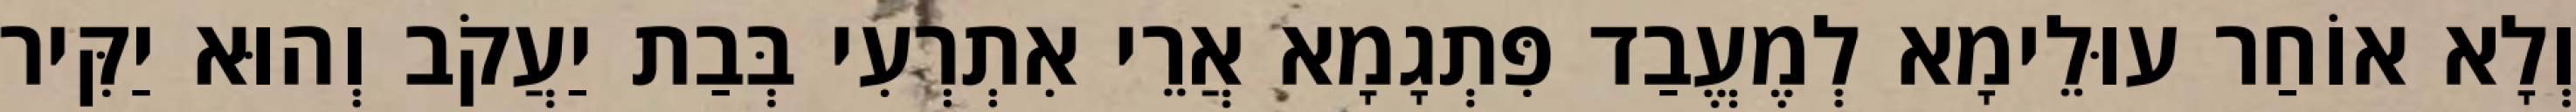
וְלָא אוֹחַר עוּלֵימָא לְמֶעֱבַד פִּתְגָמָא אֲרֵי אִתְרְעִי בְּבַת יַעֲקֹב וְהוּא יַקִּיר